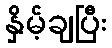
နှိမ့်ချပြီး